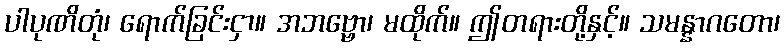
ပါပုဏိတုံ၊ ရောက်ခြင်းငှာ။ အဘဗ္ဗော၊ မထိုက်။ ဤတရားတို့နှင့်။ သမန္နာဂတော၊